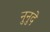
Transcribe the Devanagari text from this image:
नुनुदे